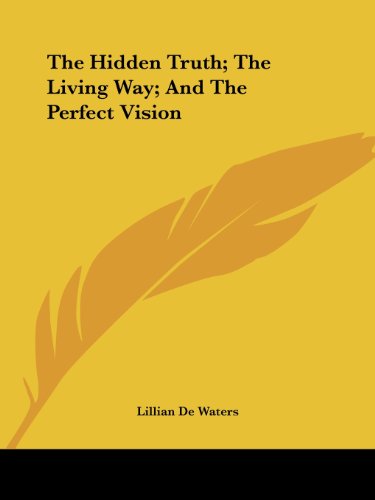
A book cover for The Hidden Truth; The Living Way; And The Perfect Vision; Lillian De Waters; Christian Books & Bibles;